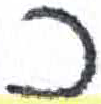
אות: כ